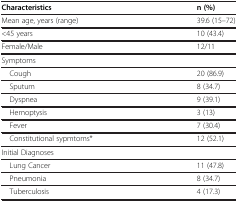
<table><thead><tr><td><b>Characteristics</b></td><td><b>n (%)</b></td></tr></thead><tbody><tr><td>Mean age, years (range)</td><td>39.6 (15–72)</td></tr><tr><td>&lt;45 years</td><td>10 (43.4)</td></tr><tr><td>Female/Male</td><td>12/11</td></tr><tr><td colspan="2">Symptoms</td></tr><tr><td> Cough</td><td>20 (86.9)</td></tr><tr><td> Sputum</td><td>8 (34.7)</td></tr><tr><td> Dyspnea</td><td>9 (39.1)</td></tr><tr><td> Hemoptysis</td><td>3 (13)</td></tr><tr><td> Fever</td><td>7 (30.4)</td></tr><tr><td> Constitutional sypmtoms*</td><td>12 (52.1)</td></tr><tr><td colspan="2">Initial Diagnoses</td></tr><tr><td> Lung Cancer</td><td>11 (47.8)</td></tr><tr><td> Pneumonia</td><td>8 (34.7)</td></tr><tr><td> Tuberculosis</td><td>4 (17.3)</td></tr></tbody></table>